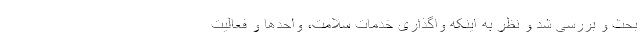
بحث و بررسی شد و نظر به اینکه واگذاری خدمات سلامت، واحدها و فعالیت